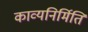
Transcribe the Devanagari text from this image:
काव्यनिर्मिति